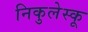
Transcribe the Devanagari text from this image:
निकुलेस्कू